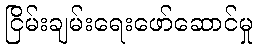
ငြိမ်းချမ်းရေးဖော်ဆောင်မှု